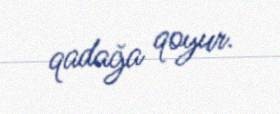
qadağa qoyur.